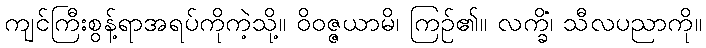
ကျင်ကြီးစွန့်ရာအရပ်ကိုကဲ့သို့။ ဝိဝဇ္ဇယာမိ၊ ကြဉ်၏။ လက္ခိံ၊ သီလပညာကို။